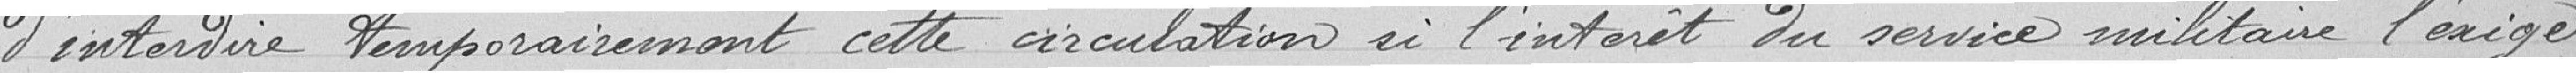
d'interdire temporairement cette circulation si l'intérêt du service militaire l'exige